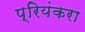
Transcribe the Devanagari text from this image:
प्रियंकरा